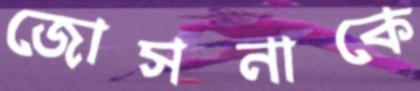
জোসনাকে